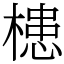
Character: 槵